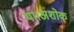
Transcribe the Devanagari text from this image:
था।अशोक